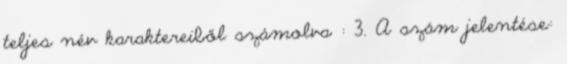
teljes név karaktereiből számolva : 3. A szám jelentése: